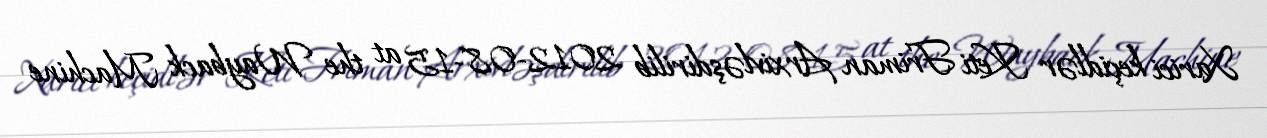
Xarici keçidlər Keti Friman Arxivləşdirilib 2012-08-15 at the Wayback Machine